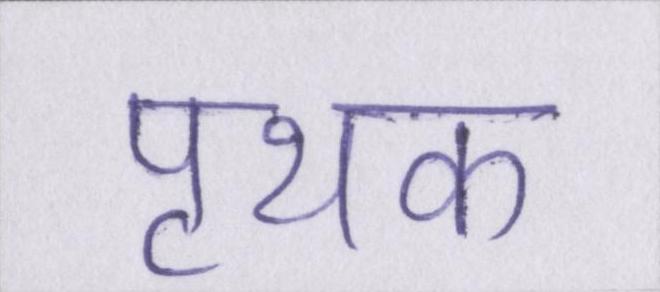
पृथक